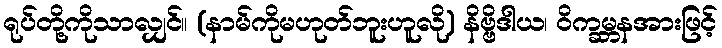
ရုပ်တို့ကိုသာလျှင်။ (နာမ်ကိုမဟုတ်ဘူးဟူလို) နိဗ္ဗိဒါယ၊ ဝိက္ခမ္ဘနအားဖြင့်